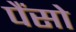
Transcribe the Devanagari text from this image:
पैंसो